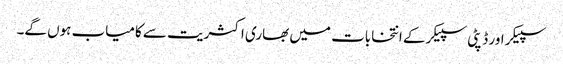
سپیکر اور ڈپٹی سپیکر کے انتخابات میں بھاری اکثریت سے کامیاب ہوں گے۔